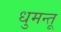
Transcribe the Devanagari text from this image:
धुमन्तू